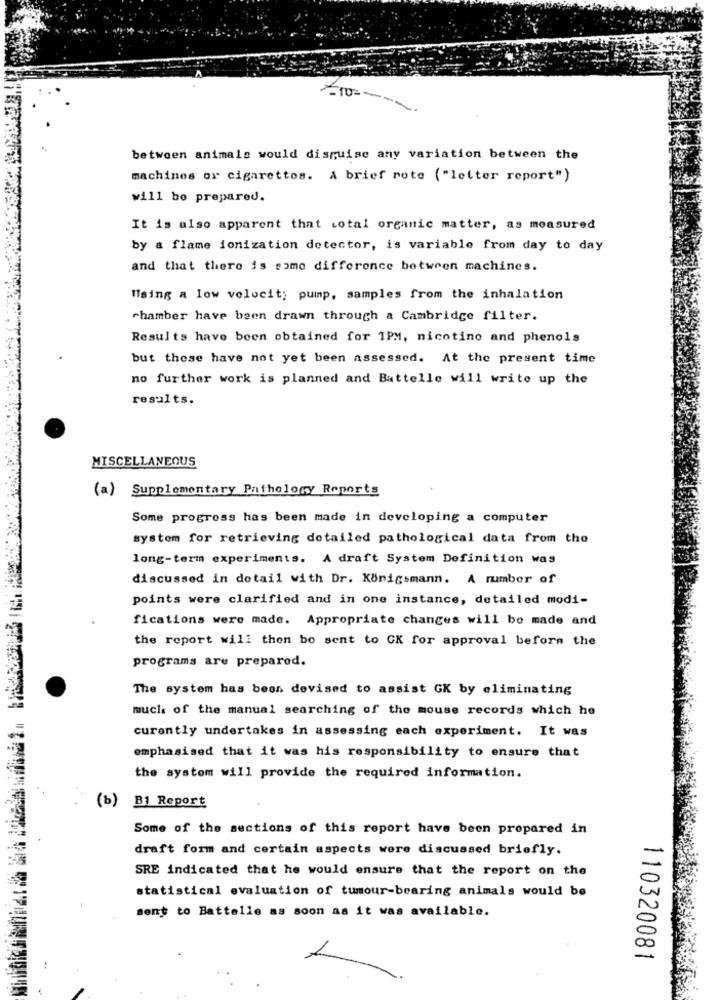
-10-
between animals would disguise any variation between the
machines or cigarettos. A brief rote ("letter report")
will be prepared.
It is also apparent that total organic matter, as measured
by a flame ionization detector, is variable from day to day
and that there is some difference between machines.
Maing a low velocit; pump, samples from the inhalation
chamber have been drawn through a Cambridge filter.
Results have been obtained for 1PM, nicotine and phenols
but these have not yet been assessed. At the present time
no further work is planned and Battelle will write up the
results.
MISCELLANEOUS
(a) Supplementary Pathology Reports
Some progress has been made in developing a computer
system for retrieving detailed pathological data from the
long-term experiments. A draft System Definition was
discussed in detail with Dr. Königsmann. A rumber of
points were clarified and in one instance, detailed modi-
fications were made. Appropriate changes will be made and
the report will then bo sent to CX for approval before the
programs are prepared.
The system has been devised to assist GK by eliminating
much of the manual searching of the mouse records which he
curently undertakes in assessing each experiment. It was
emphasised that it was his responsibility to ensure that
the system will provide the required information.
(b) B1 Report
Some of the sections of this report have been prepared in
draft form and certain aspects were discussed briefly.
SRE indicated that he would ensure that the report on the
statistical evaluation of tumour-bearing animals would be
sent to Battelle as soon as it was available.
110320081